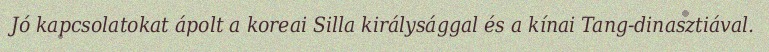
Jó kapcsolatokat ápolt a koreai Silla királysággal és a kínai Tang-dinasztiával.